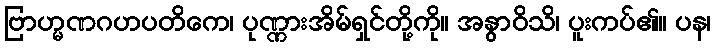
ဗြာဟ္မဏဂဟပတိကေ၊ ပုဏ္ဏားအိမ်ရှင်တို့ကို။ အနွာဝိသိ၊ ပူးကပ်၏။ ပန၊